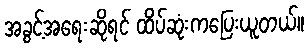
အခွင့်အရေးဆိုရင် ထိပ်ဆုံးကပြေးယူတယ်။